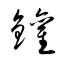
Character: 鑵